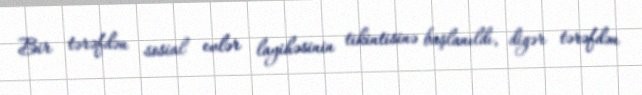
Bir tərəfdən sosial evlər layihəsinin tikintisinə başlanıldı, digər tərəfdən